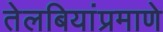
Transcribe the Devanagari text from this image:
तेलबियांप्रमाणे